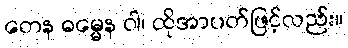
တေန ဓမ္မေန ဝါ၊ ထိုအာပတ်ဖြင့်လည်း။